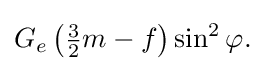
{\textstyle G_{e}\left({\frac {3}{2}}m-f\right)\sin ^{2}\varphi .}